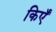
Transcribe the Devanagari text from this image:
किएँ